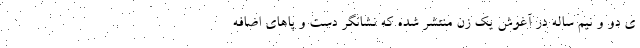
ی دو و نیم ساله در آغوش یک زن منتشر شده که نشانگر دست و پاهای اضافه